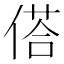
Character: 𬿀